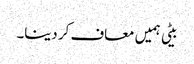
بیٹی ہمیں معاف کر دینا۔